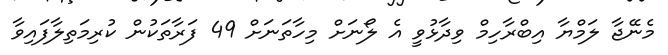
މެނޭޖާ ލަމްޔާ އިބްރާހިމް ވިދާޅުވީ އެ ލޯނަށް މިހާތަނަށް 49 ފަރާތަކުން ކުރިމަތިލާފައިވާ